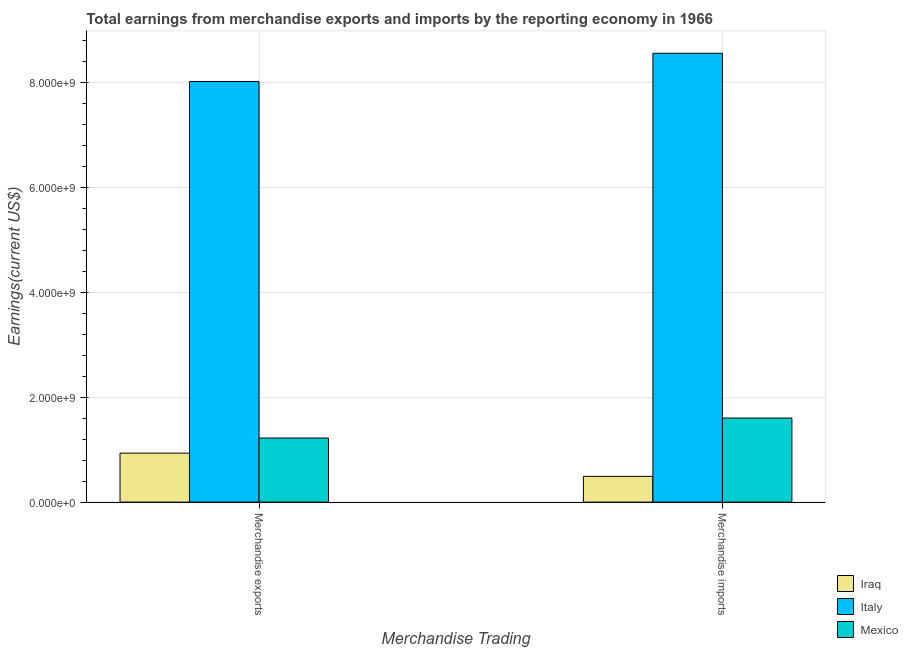
| Merchandise Trading | Iraq | Italy | Mexico |
 | --- | --- | --- | --- |
 | Merchandise exports | 9.35e+08 | 8.03e+09 | 1.22e+09 |
 | Merchandise imports | 4.92e+08 | 8.56e+09 | 1.6e+09 |